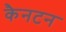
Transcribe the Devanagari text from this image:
कैनटन